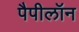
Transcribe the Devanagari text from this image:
पैपीलॉन